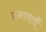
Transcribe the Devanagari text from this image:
प्रआवर्ती